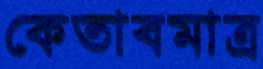
কেতাবমাত্র